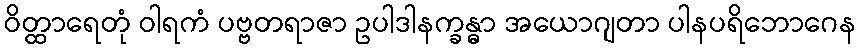
ဝိတ္ထာရေတုံ ဝါရကံ ပဗ္ဗတရာဇာ ဥပါဒါနက္ခန္ဓာ အယောဂျတာ ပါနပရိဘောဂေန